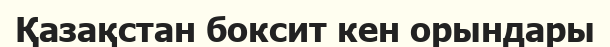
Қазақстан боксит кен орындары